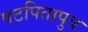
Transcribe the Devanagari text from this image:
षटपितापुत्र